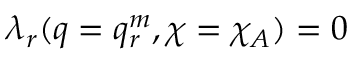
\begin{array} { r } { \lambda _ { r } ( q = q _ { r } ^ { m } , \chi = \chi _ { A } ) = 0 } \end{array}